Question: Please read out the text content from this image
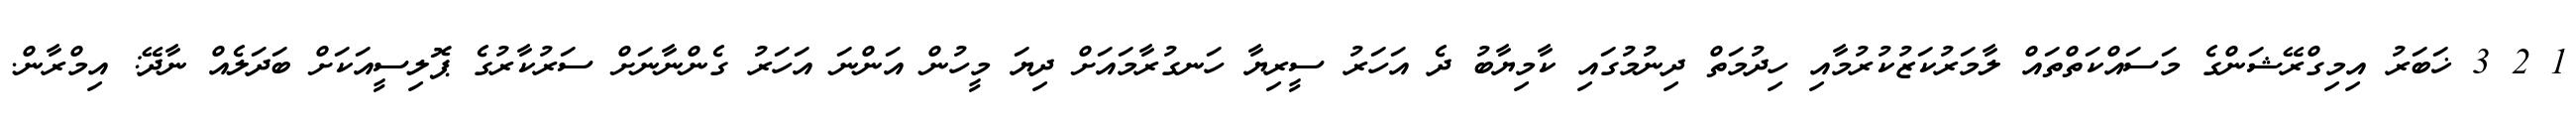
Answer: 1 2 3 ޚަބަރު އިމިގްރޭޝަންގެ މަސައްކަތްތައް ލާމަރުކަޒުކުރުމާއި ހިދުމަތް ދިނުމުގައި ކާމިޔާބު ދެ އަހަރު ސީރިޔާ ހަނގުރާމައަށް ދިޔަ މީހުން އަންނަ އަހަރު ގެންނާނަށް ސަރުކާރުގެ ޕޮލިސީއަކަށް ބަދަލެއް ނާދޭ: އިމްރާން.